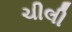
ચીલી